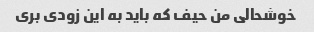
خوشحالی من حیف که باید به این زودی بری